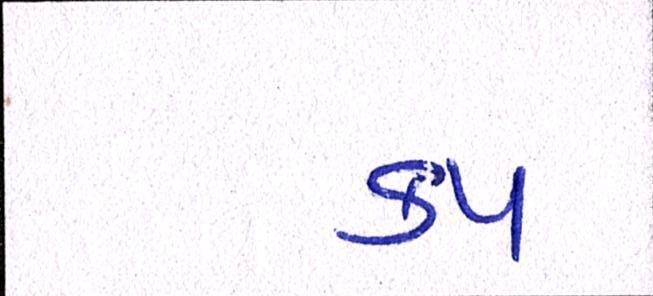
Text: કપ